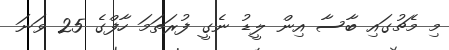
މި މެޗުގައި ބާސާ އިން ލީޑު ނެގީ ފުރަތަމަ ހާފްގެ 25 ވަނަ